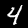
Label: 4